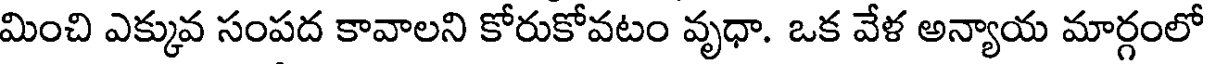
మించి ఎక్కువ సంపద కావాలని కోరుకోవటం వృధా. ఒక వేళ అన్యాయ మార్గంలో